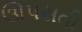
ઊપસતી